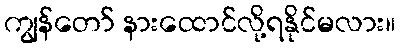
ကျွန်တော် နားထောင်လို့ရနိုင်မလား။